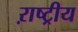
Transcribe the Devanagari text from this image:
ऱाष्ट्रीय